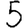
Digit: 5